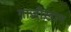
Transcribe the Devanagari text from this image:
ग़ाज़ीख़ान